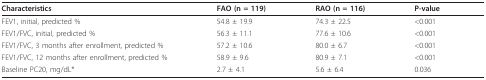
<table><thead><tr><td><b>Characteristics</b></td><td><b>FAO (n = 119)</b></td><td><b>RAO (n = 116)</b></td><td><b>P-value</b></td></tr></thead><tbody><tr><td>FEV1, initial, predicted %</td><td>54.8 ± 19.9</td><td>74.3 ± 22.5</td><td>&lt;0.001</td></tr><tr><td>FEV1/FVC, initial, predicted %</td><td>56.3 ± 11.1</td><td>77.6 ± 10.6</td><td>&lt;0.001</td></tr><tr><td>FEV1/FVC, 3 months after enrollment, predicted %</td><td>57.2 ± 10.6</td><td>80.0 ± 6.7</td><td>&lt;0.001</td></tr><tr><td>FEV1/FVC, 12 months after enrollment, predicted %</td><td>58.9 ± 9.6</td><td>80.9 ± 7.1</td><td>&lt;0.001</td></tr><tr><td>Baseline PC20, mg/dL*</td><td>2.7 ± 4.1</td><td>5.6 ± 6.4</td><td>0.036</td></tr></tbody></table>